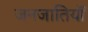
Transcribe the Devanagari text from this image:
जनजातियॉं